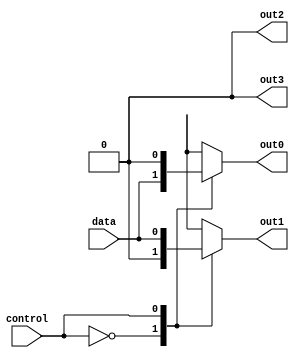
module demultiplexer(
    input data,
    input control,
    output reg out0,
    output reg out1,
    output reg out2,
    output reg out3
);

always @* begin
    case(control)
        2'b00: begin
            out0 = data;
            out1 = 1'b0;
            out2 = 1'b0;
            out3 = 1'b0;
        end
        2'b01: begin
            out0 = 1'b0;
            out1 = data;
            out2 = 1'b0;
            out3 = 1'b0;
        end
        2'b10: begin
            out0 = 1'b0;
            out1 = 1'b0;
            out2 = data;
            out3 = 1'b0;
        end
        2'b11: begin
            out0 = 1'b0;
            out1 = 1'b0;
            out2 = 1'b0;
            out3 = data;
        end
        default: begin
            out0 = 1'b0;
            out1 = 1'b0;
            out2 = 1'b0;
            out3 = 1'b0;
        end
    endcase
end

endmodule